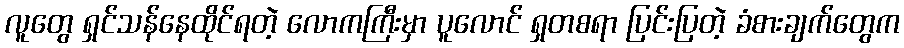
လူတွေ ရှင်သန်နေထိုင်ရတဲ့ လောကကြီးမှာ ပူလောင် ရှတစရာ ပြင်းပြတဲ့ ခံစားချက်တွေက